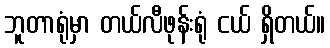
ဘူတာရုံမှာ တယ်လီဖုန်းရုံ ငယ် ရှိတယ်။